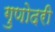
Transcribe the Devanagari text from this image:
गुणोदरी